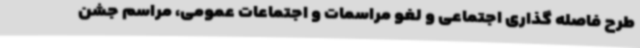
طرح فاصله گذاری اجتماعی و لغو مراسمات و اجتماعات عمومی، مراسم جشن